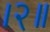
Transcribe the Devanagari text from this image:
।२॥